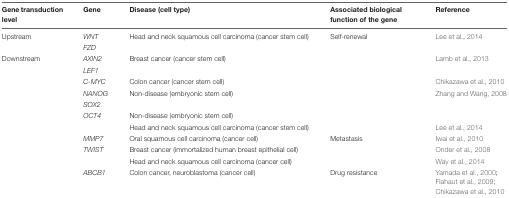
<table><thead><tr><td><b>Gene transduction level</b></td><td><b>Gene</b></td><td><b>Disease (cell type)</b></td><td><b>Associated biological function of the gene</b></td><td><b>Reference</b></td></tr></thead><tbody><tr><td>Upstream</td><td><i>WNT</i></td><td>Head and neck squamous cell carcinoma (cancer stem cell)</td><td>Self-renewal</td><td>Lee et al., 2014</td></tr><tr><td></td><td><i>FZD</i></td><td></td><td></td><td></td></tr><tr><td>Downstream</td><td><i>AXIN2</i></td><td>Breast cancer (cancer stem cell)</td><td></td><td>Lamb et al., 2013</td></tr><tr><td></td><td><i>LEF1</i></td><td></td><td></td><td></td></tr><tr><td></td><td><i>C-MYC</i></td><td>Colon cancer (cancer stem cell)</td><td></td><td>Chikazawa et al., 2010</td></tr><tr><td></td><td><i>NANOG</i></td><td>Non-disease (embryonic stem cell)</td><td></td><td>Zhang and Wang, 2008</td></tr><tr><td></td><td><i>SOX2</i></td><td></td><td></td><td></td></tr><tr><td></td><td><i>OCT4</i></td><td>Non-disease (embryonic stem cell)</td><td></td><td></td></tr><tr><td></td><td></td><td>Head and neck squamous cell carcinoma (cancer stem cell)</td><td></td><td>Lee et al., 2014</td></tr><tr><td></td><td><i>MMP7</i></td><td>Oral squamous cell carcinoma (cancer cell)</td><td>Metastasis</td><td>Iwai et al., 2010</td></tr><tr><td></td><td><i>TWIST</i></td><td>Breast cancer (immortalized human breast epithelial cell)</td><td></td><td>Onder et al., 2008</td></tr><tr><td></td><td></td><td>Head and neck squamous cell carcinoma (cancer cell)</td><td></td><td>Way et al., 2014</td></tr><tr><td></td><td><i>ABCB1</i></td><td>Colon cancer, neuroblastoma (cancer cell)</td><td>Drug resistance</td><td>Yamada et al., 2000; Flahaut et al., 2009; Chikazawa et al., 2010</td></tr></tbody></table>